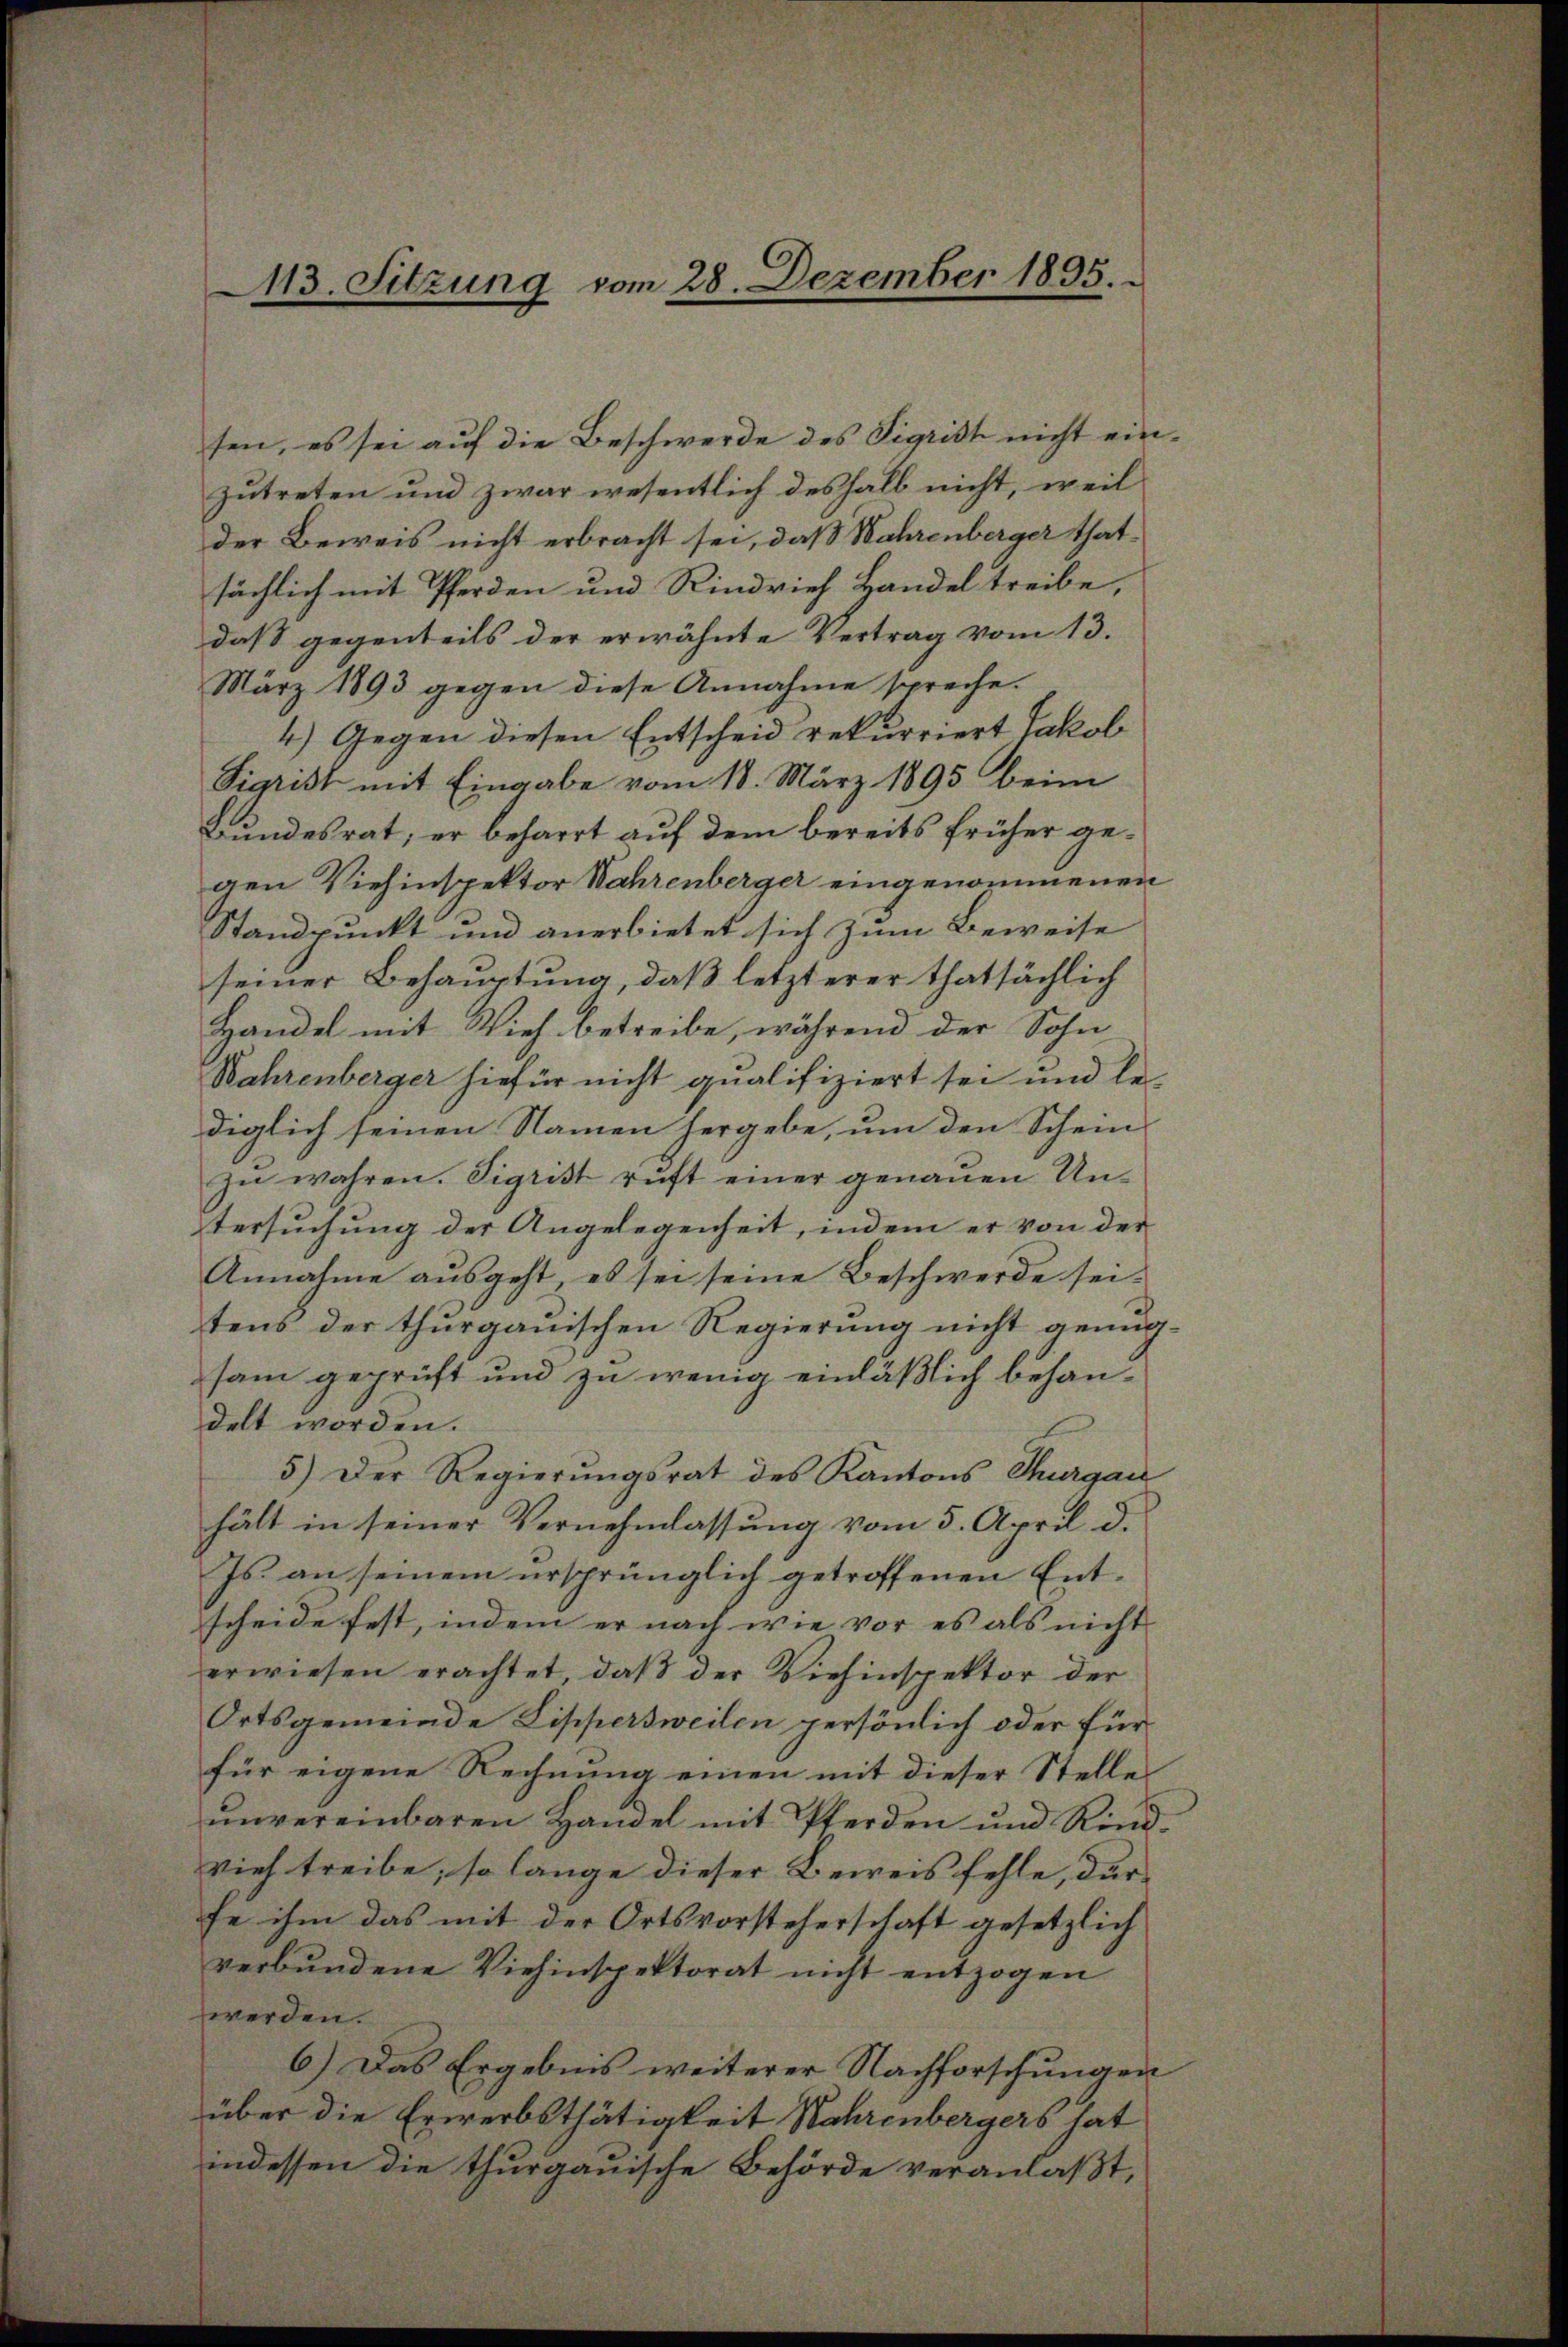
113. Sitzung vom 28. Dezember 1895.

sen, es sei auf die Beschwerde des Sigrist nicht einzutreten und zwar wesentlich deshalb nicht, weil
der Beweis nicht erbracht sei, daß Wahrenberger thatsächlich mit Pferden und Rindvieh Handel treibe,
daß gegenteils der erwähnte Vertrag vom 13.
März 1893 gegen diese Annahme spreche.
4.) Gegen diesen Entscheid rekurriert Jakob
Sigrist mit Eingabe vom 18. März 1895 beim
Bundesrat; er beharrt auf dem bereits früher gegen Viehinspektor Wahrenberger eingenommenen
Standpunkt und anerbietet sich zum Beweise
seiner Behauptung, daß letzterer thatsächlich
Handel mit Vieh betreibe, während der Sohn
Wahrenberger hiefür nicht qualifiziert sei und le
diglich seinen Namen hergebe, um den Scheins
zŭ wahren. Sigrist ruft einer genauen Untersuchung der Angelegenheit, indem er von der
Annahme ausgeht, es sei seine Beschwerde sei-
tens der thurgauischen Regierung nicht genugsam geprüft und zu wenig einläßlich behandelt worden.
5) Der Regierungsrat des Kantons Thurgau
hält in seiner Vernehmlassung vom 5. April d.
Js. an seinem ursprünglich getroffenen Entscheide fest, indem er nach wie vor es als nicht
erwiesen erachtet, daß der Viehinspektor der
Ortsgemeinde Lippersweilen persönlich oder für
für eigene Rechnung einen mit dieser Stelle
unvereinbaren Handel mit Pferden und Rindvieh treibe; so lange dieser Beweis fehle, darfe ihm das mit der Ortsvorsteherschaft gesetzlich
verbundene Viehinspektorat nicht entzogen
werden.
6.) Das Ergebnis weiterer Nachforschungen
über die Erwerbsthätigkeit Wahrenbergers hat
indessen die thurgauische Behörde veranlaßt,